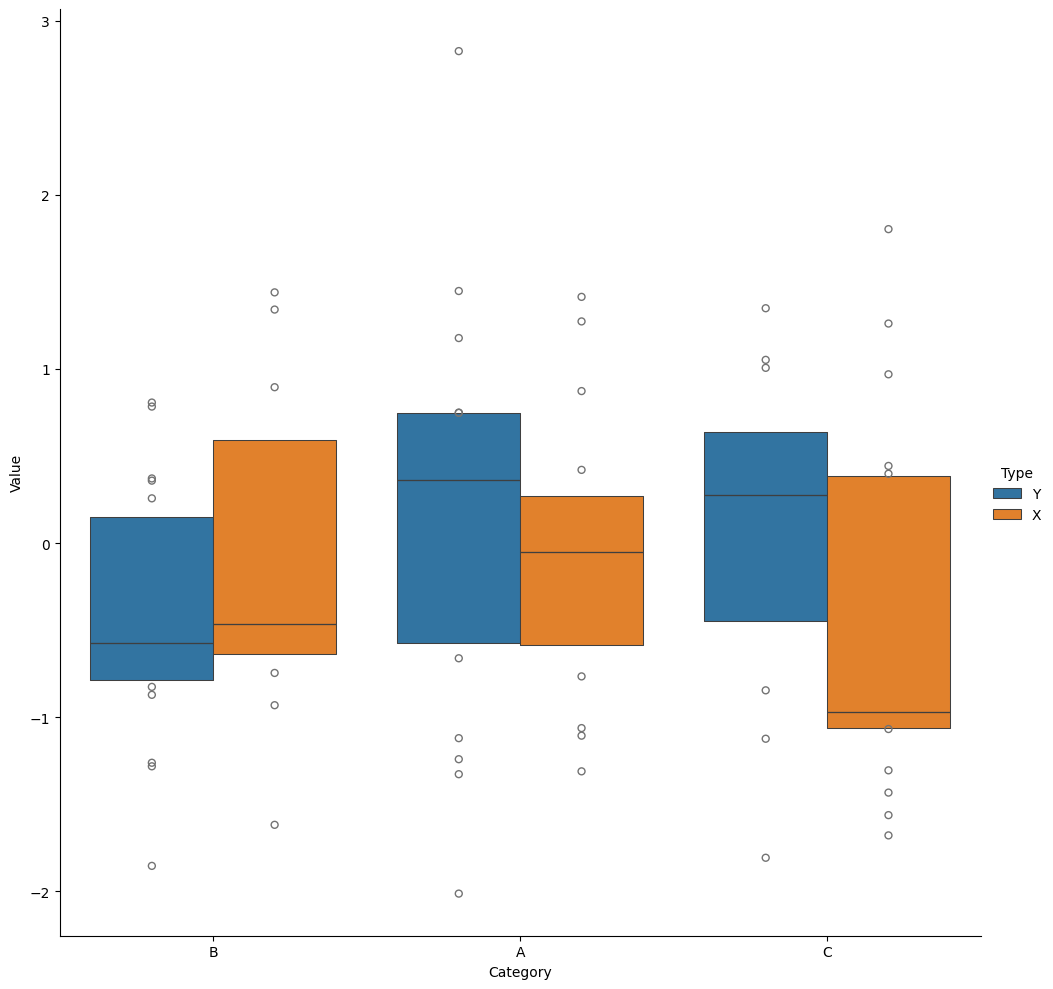
python, seaborn, catplot, kind='boxen', height=10, aspect=1